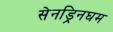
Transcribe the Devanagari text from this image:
सेनड्रिनघम